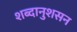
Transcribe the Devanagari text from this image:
शब्दानुशसन